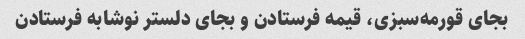
بجای قورمه‌سبزی، قیمه فرستادن و بجای دلستر نوشابه فرستادن